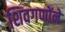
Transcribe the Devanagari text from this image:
शिवगणोंने